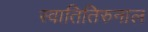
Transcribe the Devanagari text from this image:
स्वातितिरुनाल